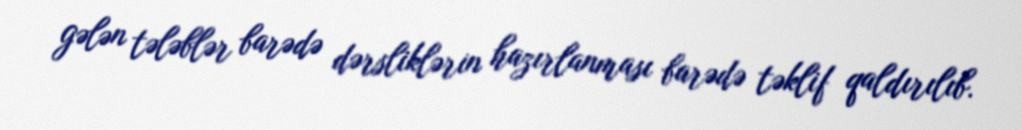
gələn tələblər barədə dərsliklərin hazırlanması barədə təklif qaldırılıb.